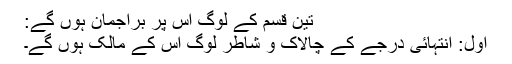
تین قسم کے لوگ اس پر براجمان ہوں گے:
اول: انتہائی درجے کے چالاک و شاطر لوگ اس کے مالک ہوں گے۔